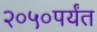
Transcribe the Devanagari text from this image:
२०५०पर्यंत